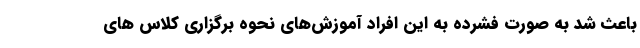
باعث شد به صورت فشرده به این افراد آموزش‌های نحوه برگزاری کلاس های